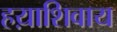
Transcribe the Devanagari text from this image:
हय़ाशिवाय